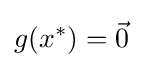
g(x^{*})={\vec {0}}